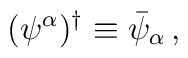
(\psi^\alpha)^\dagger\equiv\bar\psi_\alpha\,,